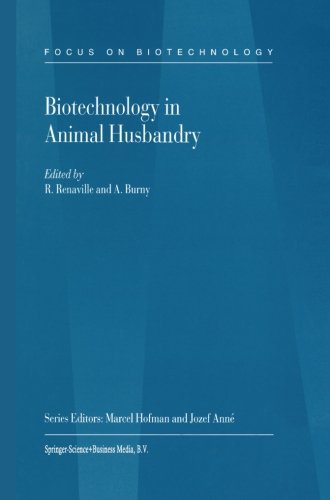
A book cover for Biotechnology in Animal Husbandry (Focus on Biotechnology) (Volume 5); Medical Books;